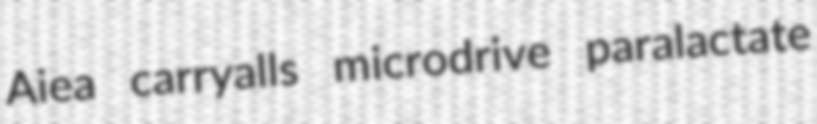
Aiea carryalls microdrive paralactate